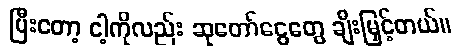
ပြီးတော့ ငါ့ကိုလည်း ဆုတော်ငွေတွေ ချီးမြှင့်တယ်။